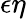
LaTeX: \epsilon\eta